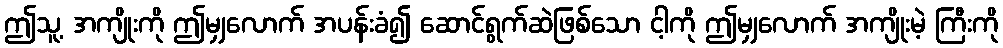
ဤသူ့ အကျိုးကို ဤမျှလောက် အပန်းခံ၍ ဆောင်ရွက်ဆဲဖြစ်သော ငါ့ကို ဤမျှလောက် အကျိုးမဲ့ ကြီးကို